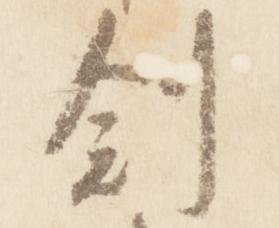
創